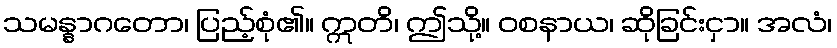
သမန္နာဂတော၊ ပြည့်စုံ၏။ ဣတိ၊ ဤသို့။ ဝစနာယ၊ ဆိုခြင်းငှာ။ အလံ၊